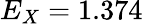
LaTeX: E_{X}=1.374